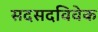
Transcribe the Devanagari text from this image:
सदसदविवेक